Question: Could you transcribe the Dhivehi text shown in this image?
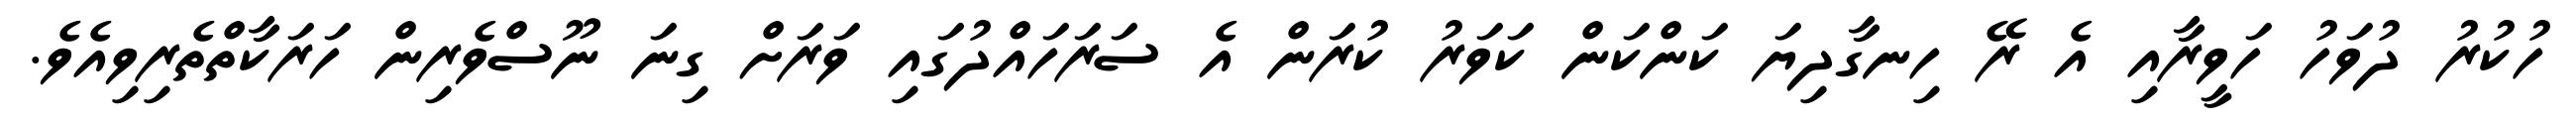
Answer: ހުކުރު ދުވަހު ހަވީރާއި އެ ރޭ ހިނގާދިޔަ ކަންކަން ކަވަރު ކުރަން އެ ސަރަހައްދުގައި ވަރަށް ގިނަ ނޫސްވެރިން ހަރަކާތްތެރިވިއެވެ.